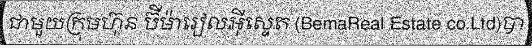
ជាមួយក្រុមហ៊ុន ប៊ីម៉ារៀលអ៊ីស្ទេត (BemaReal Estate co.Ltd)បា